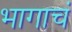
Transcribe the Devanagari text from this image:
भागाचं